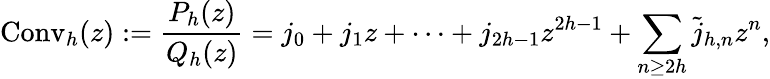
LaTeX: \operatorname{Conv}_{h}(z):={\frac{P_{h}(z)}{Q_{h}(z)}}=j_{0}+j_{1}z+\cdots+j_{2h-1}z^{2h-1}+\sum_{n\geq 2h}{\widetilde{j}}_{h,n}z^{n},